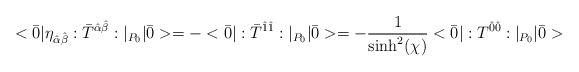
LaTeX: \begin{align*}<\bar{0}|\eta_{\hat{\alpha}\hat{\beta}} :\bar{T}^{\hat{\alpha}\hat{\beta}}:|_{P_0}|\bar{0}> = -<\bar{0}|:\bar{T}^{\hat{1}\hat{1}}:|_{P_0}|\bar{0}> = -\frac{1}{\sinh^2(\chi)} <\bar{0}|:T^{\hat{0}\hat{0}}:|_{P_0}|\bar{0}>\end{align*}